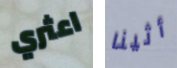
اعثري أثينا